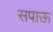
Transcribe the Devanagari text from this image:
सपाऊ